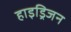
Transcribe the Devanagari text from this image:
हाइड्रिजन